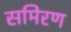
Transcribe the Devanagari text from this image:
समिरण